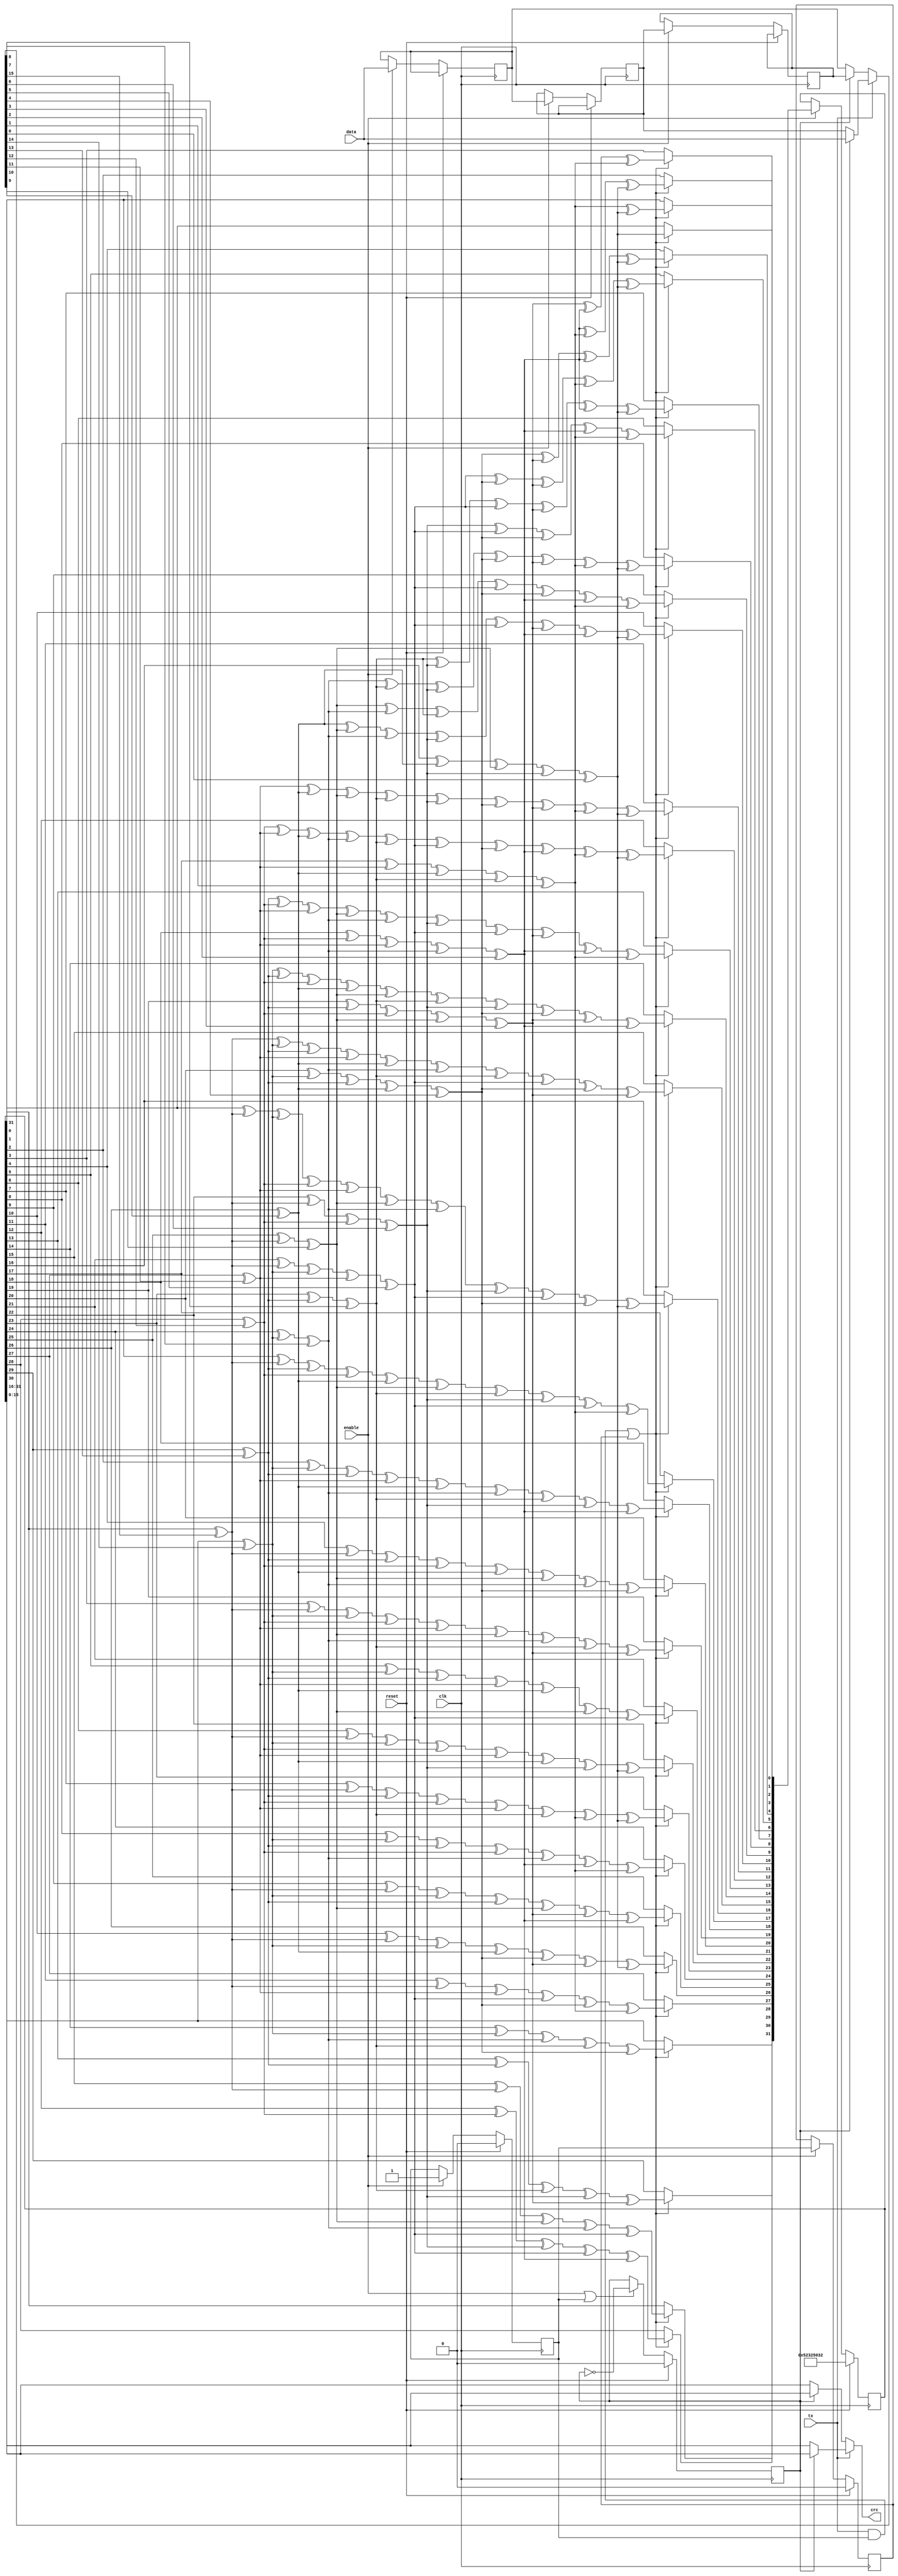
//Microsoft Research License Agreement
//Non-Commercial Use Only
// SATA core
//_____________________________________________________________________
//
//This Microsoft Research License Agreement, including all exhibits ("MSR-LA") is a legal agreement between you and Microsoft Corporation (?Microsoft? or ?we?) for the software or data identified above, which may include source code, and any associated materials, text or speech files, associated media and "online" or electronic documentation and any updates we provide in our discretion (together, the "Software"). 
//
//By installing, copying, or otherwise using this Software, found at http://research.microsoft.com/downloads, you agree to be bound by the terms of this MSR-LA.  If you do not agree, do not install copy or use the Software. The Software is protected by copyright and other intellectual property laws and is licensed, not sold.    
//
//SCOPE OF RIGHTS:
//You may use, copy, reproduce, and distribute this Software for any non-commercial purpose, subject to the restrictions in this MSR-LA. Some purposes which can be non-commercial are teaching, academic research, public demonstrations and personal experimentation. You may also distribute this Software with books or other teaching materials, or publish the Software on websites, that are intended to teach the use of the Software for academic or other non-commercial purposes.
//You may not use or distribute this Software or any derivative works in any form for commercial purposes. Examples of commercial purposes would be running business operations, licensing, leasing, or selling the Software, distributing the Software for use with commercial products, using the Software in the creation or use of commercial products or any other activity which purpose is to procure a commercial gain to you or others.
//If the Software includes source code or data, you may create derivative works of such portions of the Software and distribute the modified Software for non-commercial purposes, as provided herein.  
//If you distribute the Software or any derivative works of the Software, you will distribute them under the same terms and conditions as in this license, and you will not grant other rights to the Software or derivative works that are different from those provided by this MSR-LA. 
//If you have created derivative works of the Software, and distribute such derivative works, you will cause the modified files to carry prominent notices so that recipients know that they are not receiving the original Software. Such notices must state: (i) that you have changed the Software; and (ii) the date of any changes.
//
//In return, we simply require that you agree: 
//1. That you will not remove any copyright or other notices from the Software.
//2. That if any of the Software is in binary format, you will not attempt to modify such portions of the Software, or to reverse engineer or decompile them, except and only to the extent authorized by applicable law. 
//3. That Microsoft is granted back, without any restrictions or limitations, a non-exclusive, perpetual, irrevocable, royalty-free, assignable and sub-licensable license, to reproduce, publicly perform or display, install, use, modify, post, distribute, make and have made, sell and transfer your modifications to and/or derivative works of the Software source code or data, for any purpose.  
//4. That any feedback about the Software provided by you to us is voluntarily given, and Microsoft shall be free to use the feedback as it sees fit without obligation or restriction of any kind, even if the feedback is designated by you as confidential. 
//5.  THAT THE SOFTWARE COMES "AS IS", WITH NO WARRANTIES. THIS MEANS NO EXPRESS, IMPLIED OR STATUTORY WARRANTY, INCLUDING WITHOUT LIMITATION, WARRANTIES OF MERCHANTABILITY OR FITNESS FOR A PARTICULAR PURPOSE, ANY WARRANTY AGAINST INTERFERENCE WITH YOUR ENJOYMENT OF THE SOFTWARE OR ANY WARRANTY OF TITLE OR NON-INFRINGEMENT. THERE IS NO WARRANTY THAT THIS SOFTWARE WILL FULFILL ANY OF YOUR PARTICULAR PURPOSES OR NEEDS. ALSO, YOU MUST PASS THIS DISCLAIMER ON WHENEVER YOU DISTRIBUTE THE SOFTWARE OR DERIVATIVE WORKS.
//6.  THAT NEITHER MICROSOFT NOR ANY CONTRIBUTOR TO THE SOFTWARE WILL BE LIABLE FOR ANY DAMAGES RELATED TO THE SOFTWARE OR THIS MSR-LA, INCLUDING DIRECT, INDIRECT, SPECIAL, CONSEQUENTIAL OR INCIDENTAL DAMAGES, TO THE MAXIMUM EXTENT THE LAW PERMITS, NO MATTER WHAT LEGAL THEORY IT IS BASED ON. ALSO, YOU MUST PASS THIS LIMITATION OF LIABILITY ON WHENEVER YOU DISTRIBUTE THE SOFTWARE OR DERIVATIVE WORKS.
//7.  That we have no duty of reasonable care or lack of negligence, and we are not obligated to (and will not) provide technical support for the Software.
//8.  That if you breach this MSR-LA or if you sue anyone over patents that you think may apply to or read on the Software or anyone's use of the Software, this MSR-LA (and your license and rights obtained herein) terminate automatically.  Upon any such termination, you shall destroy all of your copies of the Software immediately.  Sections 3, 4, 5, 6, 7, 8, 11 and 12 of this MSR-LA shall survive any termination of this MSR-LA.
//9.  That the patent rights, if any, granted to you in this MSR-LA only apply to the Software, not to any derivative works you make.
//10. That the Software may be subject to U.S. export jurisdiction at the time it is licensed to you, and it may be subject to additional export or import laws in other places.  You agree to comply with all such laws and regulations that may apply to the Software after delivery of the software to you.
//11. That all rights not expressly granted to you in this MSR-LA are reserved.
//12. That this MSR-LA shall be construed and controlled by the laws of the State of Washington, USA, without regard to conflicts of law.  If any provision of this MSR-LA shall be deemed unenforceable or contrary to law, the rest of this MSR-LA shall remain in full effect and interpreted in an enforceable manner that most nearly captures the intent of the original language. 
//----------------------------------------------------------------------------

/* ---------------------------------------------------------------------------
 * Project       : Groundhog : A Serial ATA Host Bus Adapter (HBA) for FPGAs
 * Module        : CRC32
 * Last Update   : March 15 2012
 * ---------------------------------------------------------------------------
 * Description   : CRC32 Generation Module: G(x)
 *                 G(x) = x^32+x^26+x^23+x^22+x^16+x^12+x^11+x^10+x^8+x^7+x^5+x^4+x^2+x+1
 *                 Init: current_crc <= 32'h52325032;
 * ------------------------------------------------------------------------- */

`timescale 1ns / 1ps

module CRC_32
  (
   input         clk,
   input         reset,
   input         enable,
   input         tx,
   input [15:0]  data,
   output [15:0] crc
   );

   reg [15:0]         data_r1;
   reg [15:0]         data_r2;
   reg [15:0]         data_r3;
   
   reg                odd;
   wire [15:0]        current_data;
   reg  [31:0]        current_crc;
   
   reg                enable_r1;
   reg                enable_r2;
   
   reg [31:0]         tmp_crc;
   reg                x32;
   integer            i;

   assign current_data = (tx) ? ((odd) ? data : data_r2)                         : ((odd) ? data_r3 : data_r1);
   assign crc          = (tx) ? ((odd) ? current_crc[15:0] : current_crc[31:16]) : ((odd) ? current_crc[31:16] : current_crc[15:0]);

   initial begin
      odd         = 0;
      current_crc = 32'h52325032;
      enable_r1   = 0;
      enable_r2   = 0;
   end
   
   always @(posedge clk) begin
      
      if(reset) begin
         odd         <= 0;
         current_crc <= 32'h52325032;
         enable_r1   <= 0;
         enable_r2   <= 0;
      end
      else begin

         tmp_crc = current_crc;
         
         if (enable || enable_r1) begin
            odd <= !odd;
         end

         if (enable) begin

            data_r1 <= data;
            data_r2 <= data_r1;
            data_r3 <= data_r2;
            
            enable_r1 <= 1;
            enable_r2 <= enable_r1;

            if ((tx && enable_r1) || enable_r2) begin

               // shift 16 times          
               for(i=15; i>=0; i=i-1) begin

                  // get output of LFSR
                  x32 = tmp_crc[31] ^ current_data[i];
                  
                  tmp_crc[31] = tmp_crc[30];
                  tmp_crc[30] = tmp_crc[29];
                  tmp_crc[29] = tmp_crc[28];
                  tmp_crc[28] = tmp_crc[27];
                  tmp_crc[27] = tmp_crc[26];
                  tmp_crc[26] = tmp_crc[25] ^ x32; // x^25 xor x^32
                  tmp_crc[25] = tmp_crc[24];
                  tmp_crc[24] = tmp_crc[23];

                  tmp_crc[23] = tmp_crc[22] ^ x32; // x^22 xor x^32
                  tmp_crc[22] = tmp_crc[21] ^ x32; // x^21 xor x^32
                  tmp_crc[21] = tmp_crc[20];
                  tmp_crc[20] = tmp_crc[19];
                  tmp_crc[19] = tmp_crc[18];
                  tmp_crc[18] = tmp_crc[17];
                  tmp_crc[17] = tmp_crc[16];
                  tmp_crc[16] = tmp_crc[15] ^ x32; // x^15 xor x^32

                  tmp_crc[15] = tmp_crc[14];
                  tmp_crc[14] = tmp_crc[13];
                  tmp_crc[13] = tmp_crc[12];
                  tmp_crc[12] = tmp_crc[11] ^ x32; // x^11 xor x^32
                  tmp_crc[11] = tmp_crc[10] ^ x32; // x^10 xor x^32
                  tmp_crc[10] = tmp_crc[9]  ^ x32; // x^9  xor x^32
                  tmp_crc[9]  = tmp_crc[8];
                  tmp_crc[8]  = tmp_crc[7]  ^ x32; // x^7  xor x^32

                  tmp_crc[7] = tmp_crc[6]   ^ x32; // x^6  xor x^32
                  tmp_crc[6] = tmp_crc[5];
                  tmp_crc[5] = tmp_crc[4]   ^ x32; // x^4  xor x^32
                  tmp_crc[4] = tmp_crc[3]   ^ x32; // x^3  xor x^32
                  tmp_crc[3] = tmp_crc[2];
                  tmp_crc[2] = tmp_crc[1]   ^ x32; // x^1  xor x^32
                  tmp_crc[1] = tmp_crc[0]   ^ x32; // x^0  xor x^32
                  tmp_crc[0] = x32;
  
               end
            end
         end
         current_crc <= tmp_crc;
      end
   end

endmodule